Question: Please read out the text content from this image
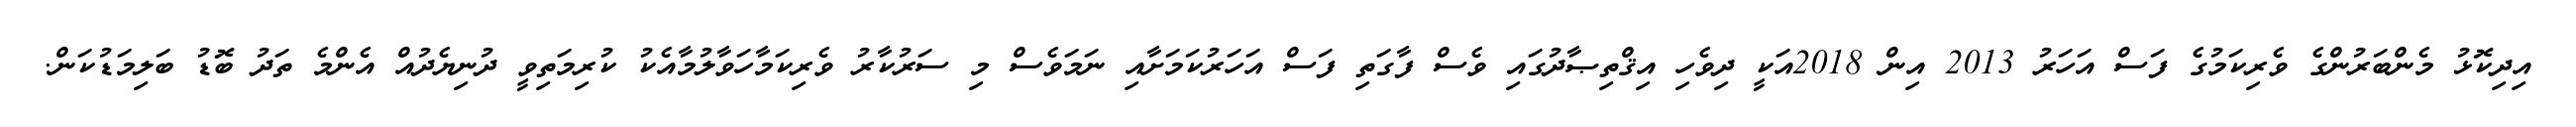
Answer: އިދިކޮޅު މެންބަރުންގެ ވެރިކަމުގެ ފަސް އަހަރު 2013 އިން 2018އަކީ ދިވެހި އިޤްތިޞާދުގައި ވެސް ފާގަތި ފަސް އަހަރުކަމަށާއި ނަމަވެސް މި ސަރުކާރު ވެރިކަމާހަވާލުމާއެކު ކުރިމަތިވީ ދުނިޔެދުއް އެންމެ ތަދު ބޮޑު ބަލިމަޑުކަން.